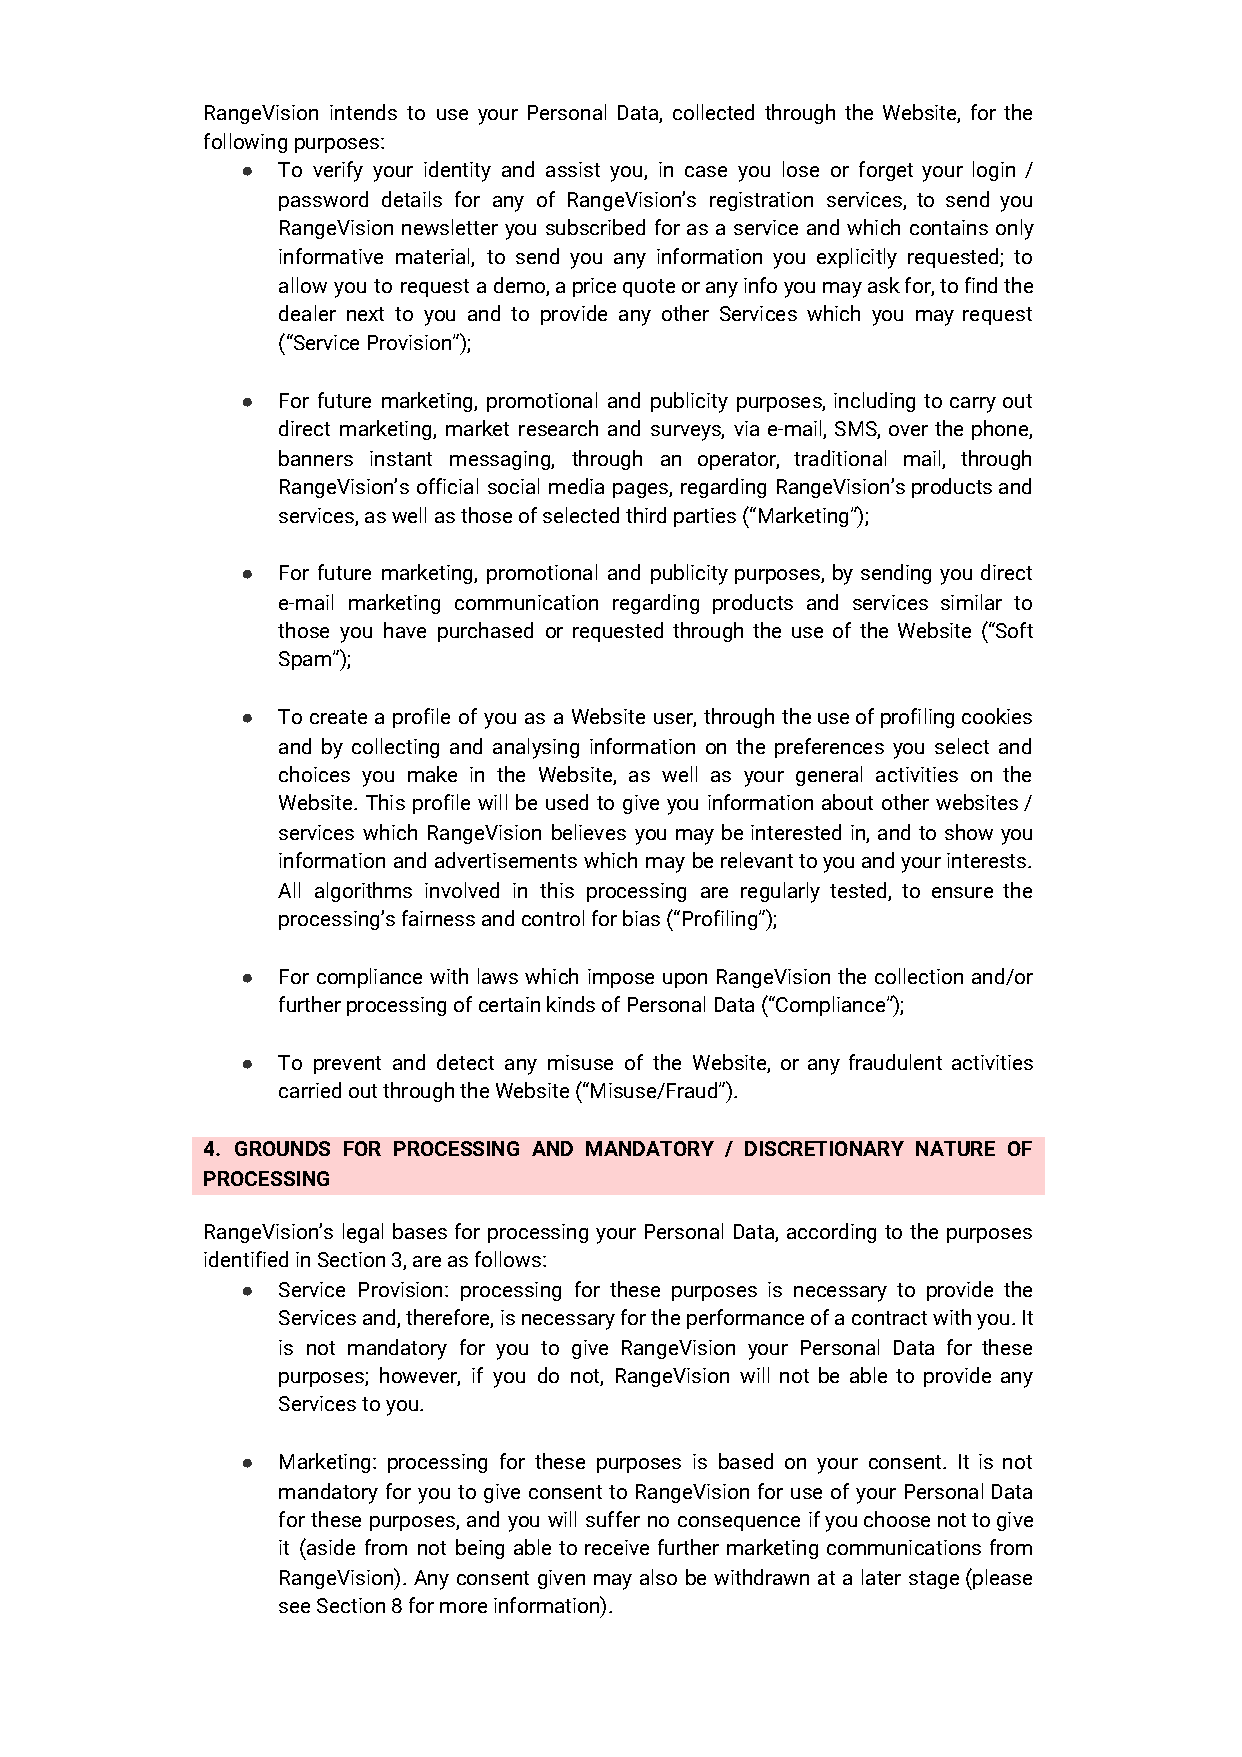
RangeVision intends to use your Personal Data, collected through the Website, for the
 following purposes:
 ● To verify your identity and assist you, in case you lose or forget your login /
 password details for any of RangeVision’s registration services, to send you
 RangeVision newsletter you subscribed for as a service and which contains only
 informative material, to send you any information you explicitly requested; to
 allow you to request a demo, a price quote or any info you may ask for, to find the
 dealer next to you and to provide any other Services which you may request
 (“Service Provision”);
 ● For future marketing, promotional and publicity purposes, including to carry out
 direct marketing, market research and surveys, via e-mail, SMS, over the phone,
 banners instant messaging, through an operator, traditional mail, through
 RangeVision’s official social media pages, regarding RangeVision’s products and
 services, as well as those of selected third parties (“Marketing”);
 ● For future marketing, promotional and publicity purposes, by sending you direct
 e-mail marketing communication regarding products and services similar to
 those you have purchased or requested through the use of the Website (“Soft
 Spam”);
 ● To create a profile of you as a Website user, through the use of profiling cookies
 and by collecting and analysing information on the preferences you select and
 choices you make in the Website, as well as your general activities on the
 Website. This profile will be used to give you information about other websites /
 services which RangeVision believes you may be interested in, and to show you
 information and advertisements which may be relevant to you and your interests.
 All algorithms involved in this processing are regularly tested, to ensure the
 processing’s fairness and control for bias (“Profiling”);
 ● For compliance with laws which impose upon RangeVision the collection and/or
 further processing of certain kinds of Personal Data (“Compliance”);
 ● To prevent and detect any misuse of the Website, or any fraudulent activities
 carried out through the Website (“Misuse/Fraud”).
 4. GROUNDS FOR PROCESSING AND MANDATORY / DISCRETIONARY NATURE OF
 PROCESSING
 RangeVision’s legal bases for processing your Personal Data, according to the purposes
 identified in Section 3, are as follows:
 ● Service Provision: processing for these purposes is necessary to provide the
 Services and, therefore, is necessary for the performance of a contract with you. It
 is not mandatory for you to give RangeVision your Personal Data for these
 purposes; however, if you do not, RangeVision will not be able to provide any
 Services to you.
 ● Marketing: processing for these purposes is based on your consent. It is not
 mandatory for you to give consent to RangeVision for use of your Personal Data
 for these purposes, and you will suffer no consequence if you choose not to give
 it (aside from not being able to receive further marketing communications from
 RangeVision). Any consent given may also be withdrawn at a later stage (please
 see Section 8 for more information).